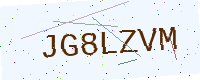
Text: JG8LZVM